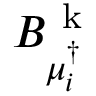
B _ { \mu _ { i } ^ { \dagger } } ^ { \mathrm { ~ k ~ } }